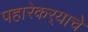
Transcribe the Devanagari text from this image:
पहारेकर्‍याचे